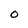
Character: O